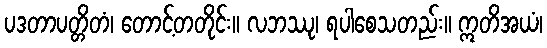
ပဒတာပတ္တိတံ၊ တောင့်တတိုင်း။ လဘဿု၊ ရပါစေသတည်း။ ဣတိအယံ၊